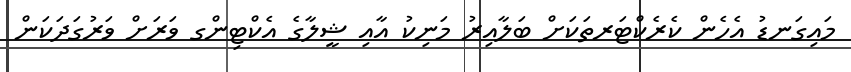
މައިގަނޑު އެހެން ކެރެކްޓަރތަކަށް ބަލާއިރު މަނިކު އާއި ޝީލާގެ އެކްޓިންގ ވަރަށް ވަރުގަދަކަން